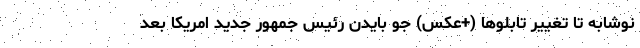
نوشابه تا تغییر تابلوها (+عکس) جو بایدن رئیس جمهور جدید امریکا بعد